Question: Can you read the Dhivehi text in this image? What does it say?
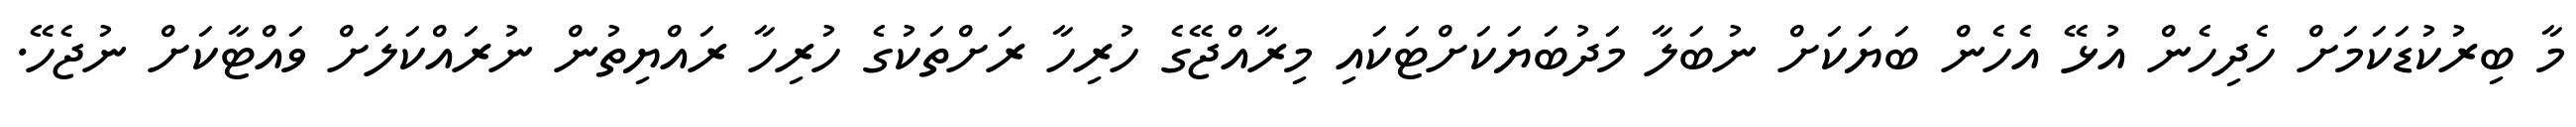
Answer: މާ ބިރުކުޑަކަމަށް ހެދިހެން އުޅޭ އެހެން ބަޔަކަށް ނުބަލާ މަދުބަޔަކަށްޓަކައި މިރާއްޖޭގެ ހުރިހާ ރަށްތަކުގެ ހުރިހާ ރައްޔިތުން ނުރައްކަލަށް ވައްޓާކަށް ނުޖެހޭ.